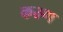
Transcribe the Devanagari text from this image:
कस्र्ण